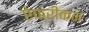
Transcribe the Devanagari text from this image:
ऐफ्रीकन